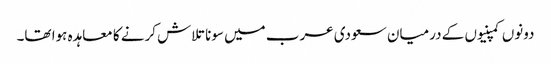
دونوں کمپنیوں کے درمیان سعودی عرب میں سونا تلاش کرنے کا معاہدہ ہوا تھا۔